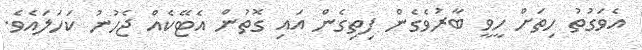
އެވަގުތު ހިތަށް ހީވީ ބާރުވެގެން ފިތިގެން އައި ގޮތުން އެޓޭކެއް ޖެހުނު ކަހަލައެވެ.